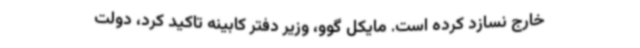
خارج نسازد کرده است. مایکل گوو، وزیر دفتر کابینه تاکید کرد، دولت